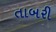
તાબરી